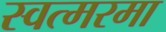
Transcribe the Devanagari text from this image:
स्वत्मरमा